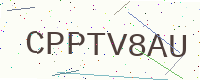
Text: CPPTV8AU